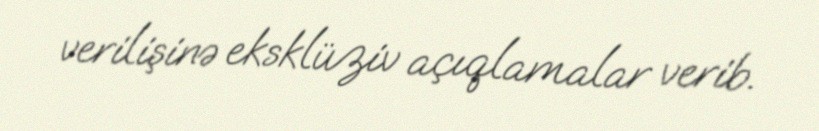
verilişinə eksklüziv açıqlamalar verib.